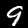
Label: 9